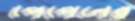
পেপেলের